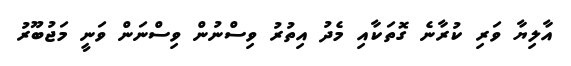
އާލިޔާ ވަރި ކުރާނެ ގޮތަކާއި މެދު އިތުރު ވިސްނުން ވިސްނަން ވަނީ މަޖުބޫރު